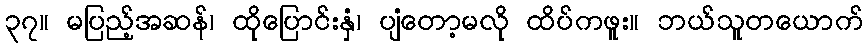
၃၇။ မပြည့်အဆန်၊ ထိုပြောင်းနှံ၊ ပျံတော့မလို ထိပ်ကဖူး။ ဘယ်သူတယောက်